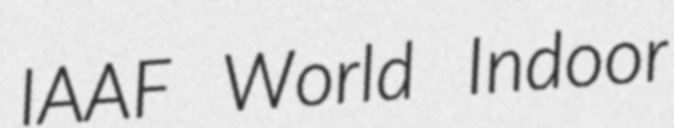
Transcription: IAAF World Indoor